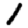
Digit: 1